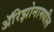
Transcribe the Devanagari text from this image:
ॲरिझोनामधील